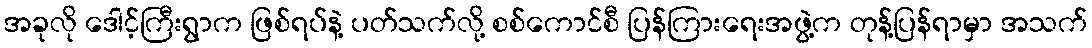
အခုလို ဒေါင့်ကြီးရွာက ဖြစ်ရပ်နဲ့ ပတ်သက်လို့ စစ်ကောင်စီ ပြန်ကြားရေးအဖွဲ့က တုန့်ပြန်ရာမှာ အသက်